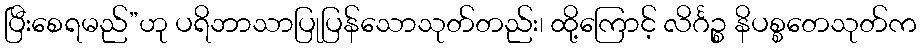
ပြီးစေရမည်”ဟု ပရိဘာသာပြုပြန်သောသုတ်တည်း၊ ထို့ကြောင့် လိင်္ဂဉ္စ နိပစ္စတေသုတ်က